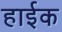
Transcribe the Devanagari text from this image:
हाईक